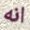
انه